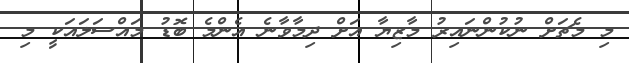
މި މެޗަށް ނުކުންނައިރު މާޒިޔާ އަށް ދިމާވާނެ އެންމެ ބޮޑު މައްސަލައަކީ މި